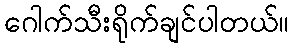
ဂေါက်သီးရိုက်ချင်ပါတယ်။